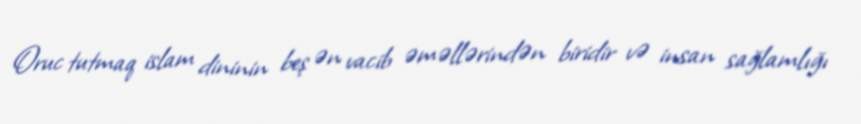
Oruc tutmaq islam dininin beş ən vacib əməllərindən biridir və insan sağlamlığı